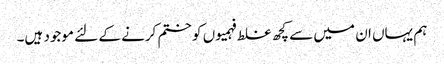
ہم یہاں ان میں سے کچھ غلط فہمیوں کو ختم کرنے کے لئے موجود ہیں۔